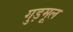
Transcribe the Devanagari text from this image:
गुड़मूल